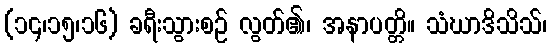
(၁၄၊၁၅၊၁၆) ခရီးသွားစဉ် လွတ်၏၊ အနာပတ္တိ။ သံဃာဒိသိသ်၊